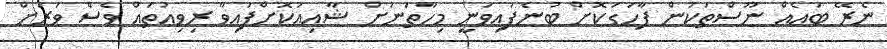
ނެރޭ ބައެއް ނޫސްތަކުން ފާހަގަކޮށް ބުނެފައިވަނީ މިހާތަނަށް ޝާއިއުކޮށްފައިވާ ރިވިއުތައް ވެސް ވަރަށް